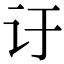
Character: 𬣙